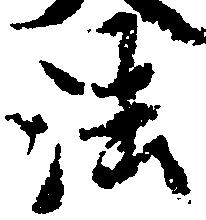
法